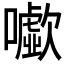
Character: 𡃧